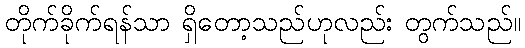
တိုက်ခိုက်ရန်သာ ရှိတော့သည်ဟုလည်း တွက်သည်။